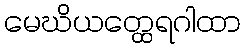
မေဃိယတ္ထေရဂါထာ